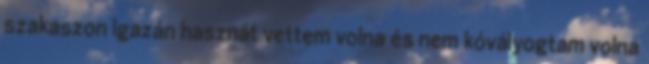
szakaszon igazán hasznát vettem volna és nem kóvályogtam volna